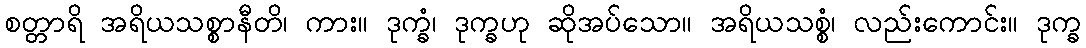
စတ္တာရိ အရိယသစ္စာနီတိ၊ ကား။ ဒုက္ခံ၊ ဒုက္ခဟု ဆိုအပ်သော။ အရိယသစ္စံ၊ လည်းကောင်း။ ဒုက္ခ